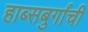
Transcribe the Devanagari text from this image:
हाब्सबुर्गांची